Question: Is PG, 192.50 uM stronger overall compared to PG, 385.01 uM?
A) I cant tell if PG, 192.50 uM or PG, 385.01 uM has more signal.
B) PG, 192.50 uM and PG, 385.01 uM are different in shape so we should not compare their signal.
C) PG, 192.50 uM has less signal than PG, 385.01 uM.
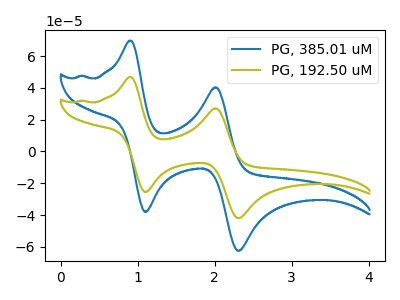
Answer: <think>The blue curve "PG, 385.01 uM" has anodic peaks at (0.90V, 69.65uA) (2.00V, 40.35uA) and cathodic peaks at (1.10V, -38.00uA) (2.30V, -62.45uA). The olive curve "PG, 192.50 uM" has anodic peaks at (0.90V, 46.80uA) (2.00V, 27.10uA) and cathodic peaks at (1.10V, -25.55uA) (2.30V, -41.95uA).
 All the peaks in "PG, 192.50 uM" have a peak in "PG, 385.01 uM" at the same potential. Every peak in "PG, 192.50 uM" is lower than every peak in "PG, 385.01 uM".</think>
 <answer>C) "PG, 192.50 uM" has less signal than "PG, 385.01 uM".</answer>
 <eval>C</eval>